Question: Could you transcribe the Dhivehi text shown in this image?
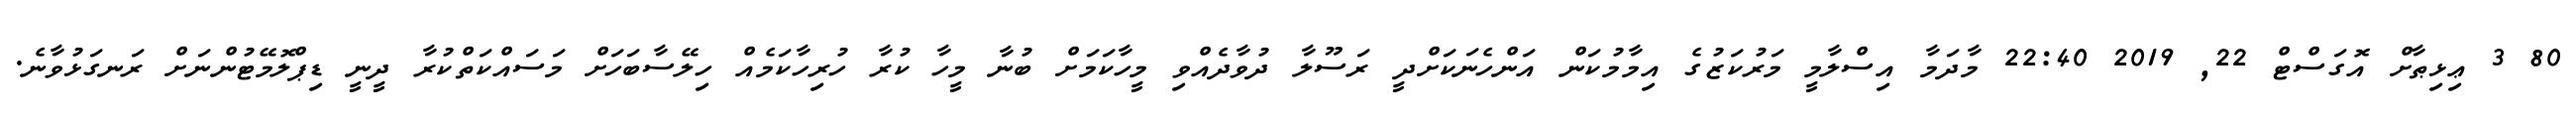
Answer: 80 3 ޢިޅިޠާށް އޮގަސްޓް 22, 2019 22:40 މާދަމާ އިސްލާމީ މަރުކަޒުގެ އިމާމުކަން އަންހެނަކަށްދީ ރަސޫލާ ދުވާދެއްވި މީހާކަމަށް ބުނާ މީހާ ކުރާ ހުރިހާކަމެއް ހިލޭސާބަހަށް މަސައްކަތްކުރާ ދީނީ ޑިޕްލޮމޭޓުންނަށް ރަނގަޅުވާނެ.